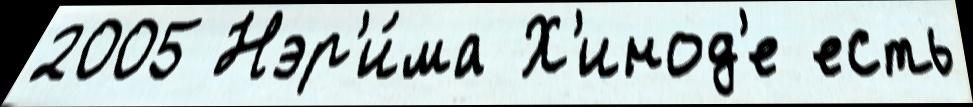
2005 Нэр'и́ма Х'инод'е есть